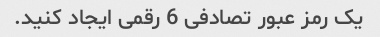
یک رمز عبور تصادفی 6 رقمی ایجاد کنید.